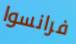
فرانسوا